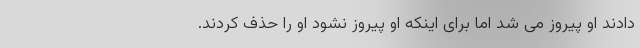
دادند او پیروز می شد اما برای اینکه او پیروز نشود او را حذف کردند.